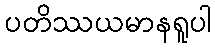
ပတိဿယမာနရူပါ